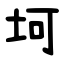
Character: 坷